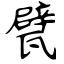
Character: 甓